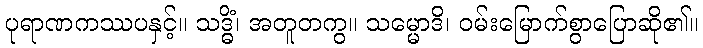
ပုရာဏကဿပနှင့်။ သဒ္ဓိံ၊ အတူတကွ။ သမ္မောဒိ၊ ဝမ်းမြောက်စွာပြောဆို၏။